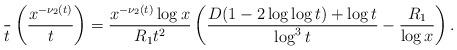
LaTeX: \begin{align*} \frac{}{t}\left(\frac{x^{-\nu_2(t)}}{t}\right) = \frac{x^{-\nu_2(t)}\log x}{R_1 t^2}\left(\frac{D(1-2\log\log t)+\log t}{\log^3 t}-\frac{R_1}{\log x}\right).\end{align*}